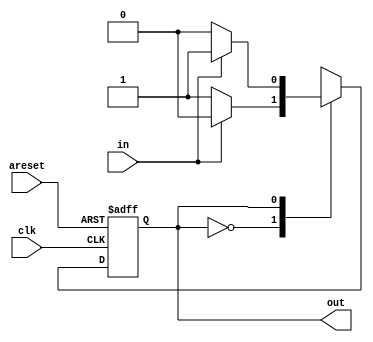
module top_module(
    input clk,
    input areset,    // Asynchronous reset to state B
    input in,
    output out);//  

    parameter A=0, B=1; 
    reg state, next_state;

    always @(*) begin    // This is a combinational always block
        // State transition logic
        case(state) 
	    A : next_state = in ? A : B ;
            B : next_state = in ? B : A ;
        endcase
    end

    always @(posedge clk, posedge areset) begin    // This is a sequential always block
        // State flip-flops with asynchronous reset
        if(areset) begin
            state <= B ;
        end
        else begin
            state <= next_state ;
        end
        
    end

    // Output logic
    assign out = (state == B);

endmodule